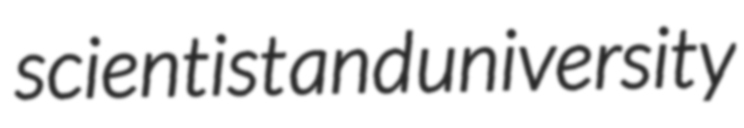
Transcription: scientist and university